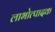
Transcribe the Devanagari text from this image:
लाभोत्पादक